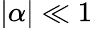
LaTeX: \left|\alpha\right|\ll 1